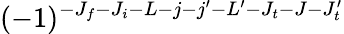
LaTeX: (-1)^{-J_{f}-J_{i}-L-j-j^{\prime}-L^{\prime}-J_{t}-J-J_{t}^{\prime}}